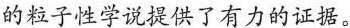
的粒子性学说提供了有力的证据。